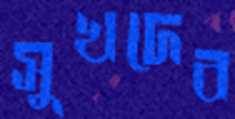
সুখদেব